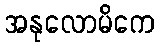
အနုလောမိကေ